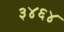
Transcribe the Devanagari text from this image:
३४६४